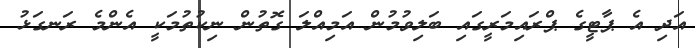
އަދި އެ ޕާޓީގެ ޕްރައިމަރީގައި ބަލިވުމުން އަމިއްލަ ގޮތުން ނިކުތުމަކީ އެންމެ ރަނގަޅު